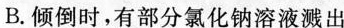
B.倾倒时，有部分氯化钠溶液溅出